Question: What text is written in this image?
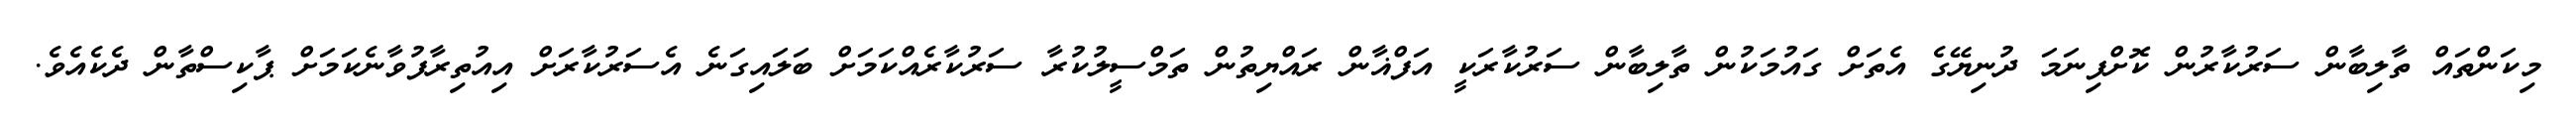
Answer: މިކަންތައް ތާލިބާން ސަރުކާރުން ކޮށްފިނަމަ ދުނިޔޭގެ އެތަށް ގައުމަކުން ތާލިބާން ސަރުކާރަކީ އަފްޣާން ރައްޔިތުން ތަމްސީލުކުރާ ސަރުކާރެއްކަމަށް ބަލައިގަނެ އެސަރުކާރަށް އިއުތިރާފުވާނެކަމަށް ޕާކިސްތާން ދެކެއެވެ.